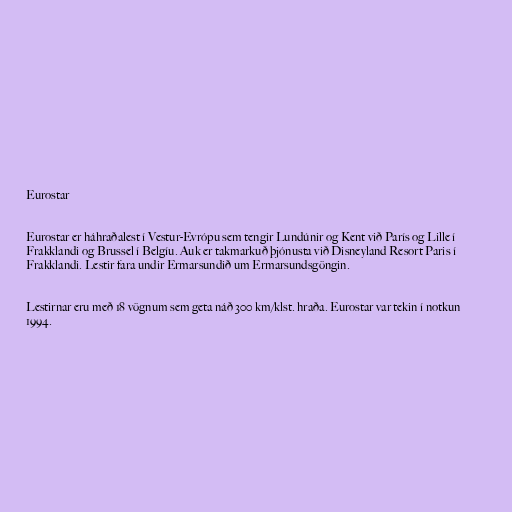
Eurostar

Eurostar er háhraðalest í Vestur-Evrópu sem tengir Lundúnir og Kent við París og Lille í
Frakklandi og Brussel í Belgíu. Auk er takmarkuð þjónusta við Disneyland Resort Paris í
Frakklandi. Lestir fara undir Ermarsundið um Ermarsundsgöngin.

Lestirnar eru með 18 vögnum sem geta náð 300 km/klst. hraða. Eurostar var tekin í notkun
1994.